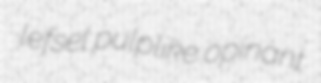
lefsel pulplike opinant